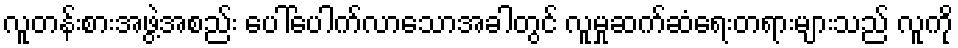
လူတန်းစားအဖွဲ့အစည်း ပေါ်ပေါက်လာသောအခါတွင် လူမှုဆက်ဆံရေးတရားများသည် လူကို